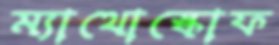
ম্যাথোস্কোফ